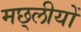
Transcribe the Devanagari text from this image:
मछ्लीयों